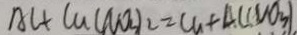
A l + C u ( N O _ { 3 } ) _ { 2 } = C u + A l ( N O _ { 3 } )